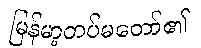
မြန်မာ့တပ်မတော်၏